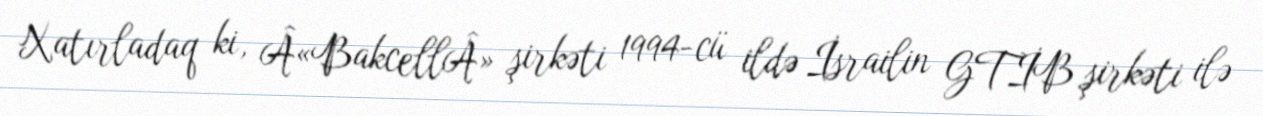
Xatırladaq ki, Â«BakcellÂ» şirkəti 1994-cü ildə İsrailin GTİB şirkəti ilə